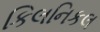
કિલનિકલ